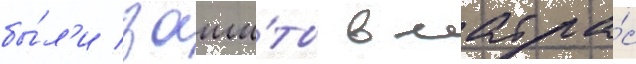
бы́л'и заши́ты в матра́с